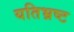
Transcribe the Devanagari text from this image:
यतिभ्रष्ट